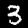
Label: 3